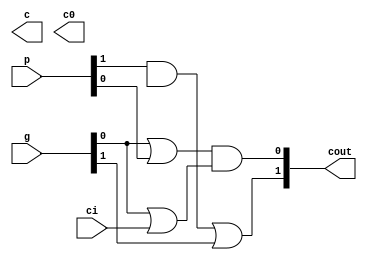
module cgu_2bits (g, p, ci, c, c0, cout);

  input [1:0] g,p;
  input ci;
  output [1:0] cout, c0,c;

assign cout[0] = (g[0] | p[0]) & (g[0] | ci);
assign cout[1] = (p[1] & c[1]) | g[1];

endmodule